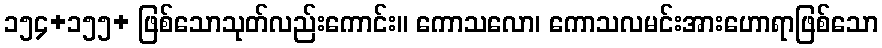
၁၅၄+၁၅၅+ ဖြစ်သောသုတ်လည်းကောင်း။ ကောသလော၊ ကောသလမင်းအားဟောရာဖြစ်သော